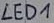
Text: LED1